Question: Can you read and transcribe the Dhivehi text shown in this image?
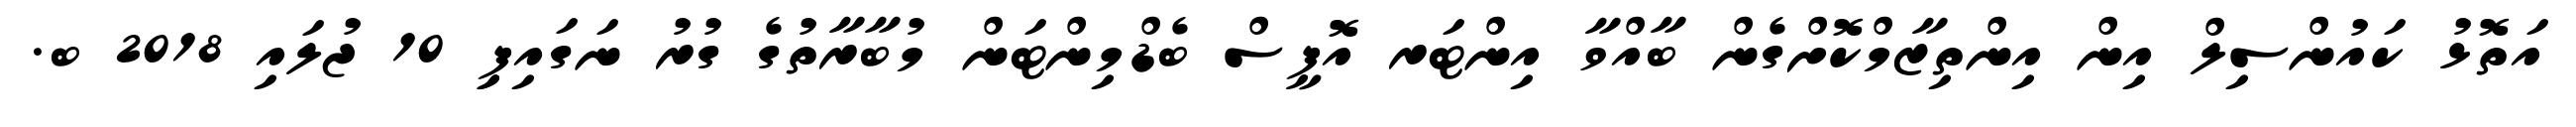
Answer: އަތޮޅު ކައުންސިލް އިން އިންތިޒާމްކޮށްގެން ބާއްވާ އިންޓަރ އޮފީސް ބެޑްމިންޓަން މުބާރާތުގެ ގުރު ނަގައިފިި 10 ޖުލައި 2018 ބ.